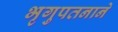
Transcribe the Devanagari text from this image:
भृगुपतनाने